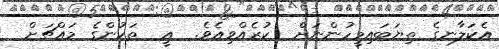
އެކަލާނގެ ތިޔަބައިމީހުންނަށް  ކުރެއްވިއެވެ.  އީ  ތަކުންގެ މައްޗަށް